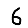
Digit: 6